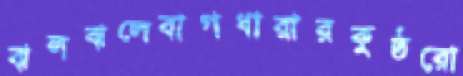
ঝলঝলেবাগধারারকুষ্ঠরো